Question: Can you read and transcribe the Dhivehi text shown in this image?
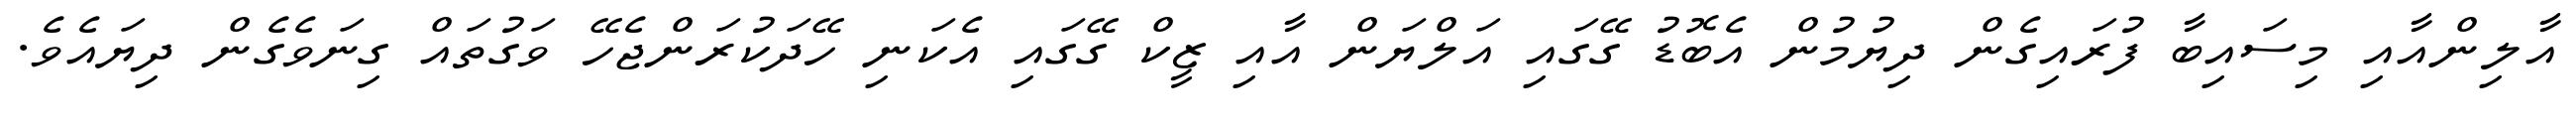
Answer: އާލިންއާއި މިސައިބާ ފުރައިގެން ދިޔުމުން އެބޮޑު ގޭގައި އަލްޔަން އާއި ޒީކް ގޭގައި އެކަނި ހޭދަކުރަންޖެހޭ ވަގުތައް ގިނަވެގެން ދިޔައެވެ.